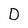
Character: D